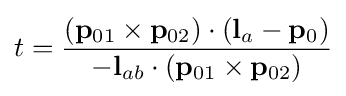
t={\frac {{(\mathbf {p} _{01}\times \mathbf {p} _{02})}\cdot (\mathbf {l} _{a}-\mathbf {p} _{0})}{-\mathbf {l} _{ab}\cdot (\mathbf {p} _{01}\times \mathbf {p} _{02})}}